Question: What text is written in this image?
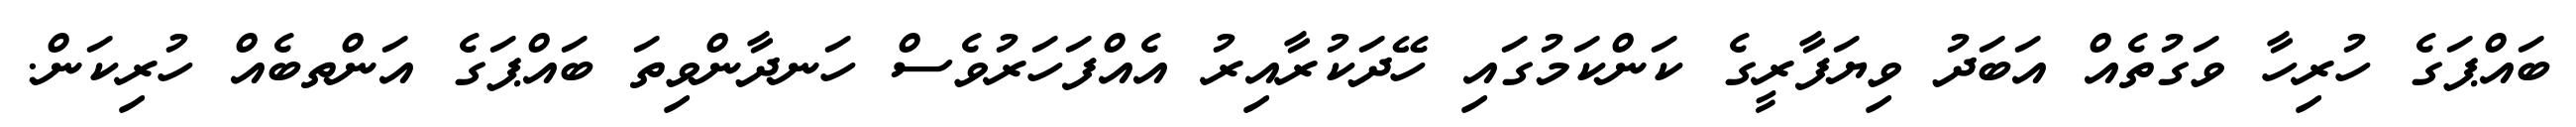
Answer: ބައްޕަގެ ހުރިހާ ވަގުތެއް އަބަދު ވިޔަފާރީގެ ކަންކަމުގައި ހޭދަކުރާއިރު އެއްފަހަރުވެސް ހަނދާންވިތަ ބައްޕަގެ އަންތބެއް ހުރިކަން.